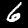
Digit: 6